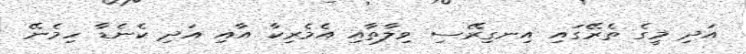
އަދި މީގެ ތެރޭގައި އިނގިރޭސި ވިލާތާއި އެމެރިކާ އާއި އަދި ކެނެޑާ ހިމެނޭ